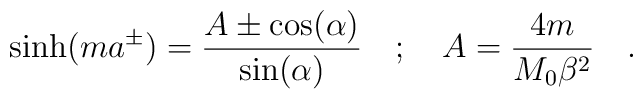
\sinh (ma^{\pm })=\frac{A\pm \cos (\alpha )}{\sin (\alpha )}\quad ;\quad A=\frac{4m}{M_{0}\beta ^{2}}\quad .